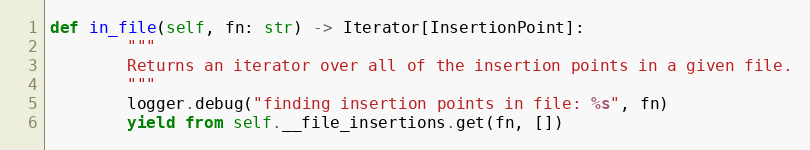
Language: Python
def in_file(self, fn: str) -> Iterator[InsertionPoint]:
        """
        Returns an iterator over all of the insertion points in a given file.
        """
        logger.debug("finding insertion points in file: %s", fn)
        yield from self.__file_insertions.get(fn, [])